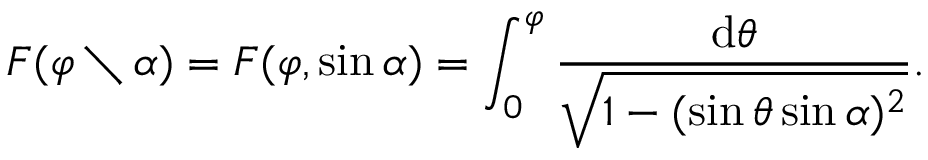
F ( \varphi \setminus \alpha ) = F ( \varphi , \sin \alpha ) = \int _ { 0 } ^ { \varphi } { \frac { \mathrm { d } \theta } { \sqrt { 1 - ( \sin \theta \sin \alpha ) ^ { 2 } } } } .